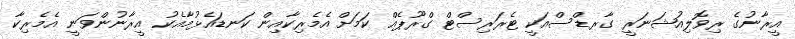
އީރާނުގެ ރިވޮލިއުޝަނަރީ ގާރޑްސްއަކީ ޓެރަރިސްޓް ގްރޫޕެއް ކަމަށް އެމެރިކާއިން ކަނޑައެޅުމާއެކު އީރާނުންވަނީ އެމެރިކާ